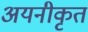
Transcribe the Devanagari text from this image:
अयनीकृत